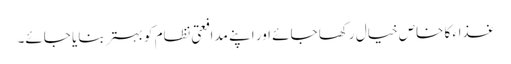
غذاء کا خاص خیال رکھا جائے اور اپنے مدافعتی نظام کو بہتر بنایا جائے۔